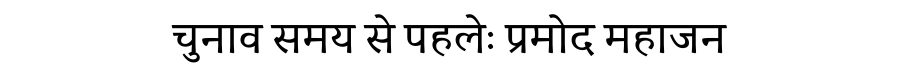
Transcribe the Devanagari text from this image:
चुनाव समय से पहलेः प्रमोद महाजन